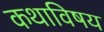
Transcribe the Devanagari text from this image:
कथाविषय